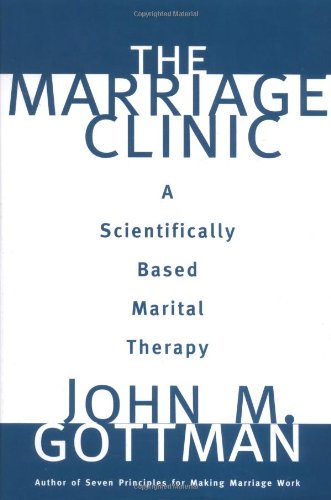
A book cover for The Marriage Clinic: A Scientifically Based Marital Therapy (Norton Professional Books); John M. Gottman Ph.D.; Medical Books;